King Institute of Preventive Medicine Micro-Biological Section reports 1909-11
Year: 1909
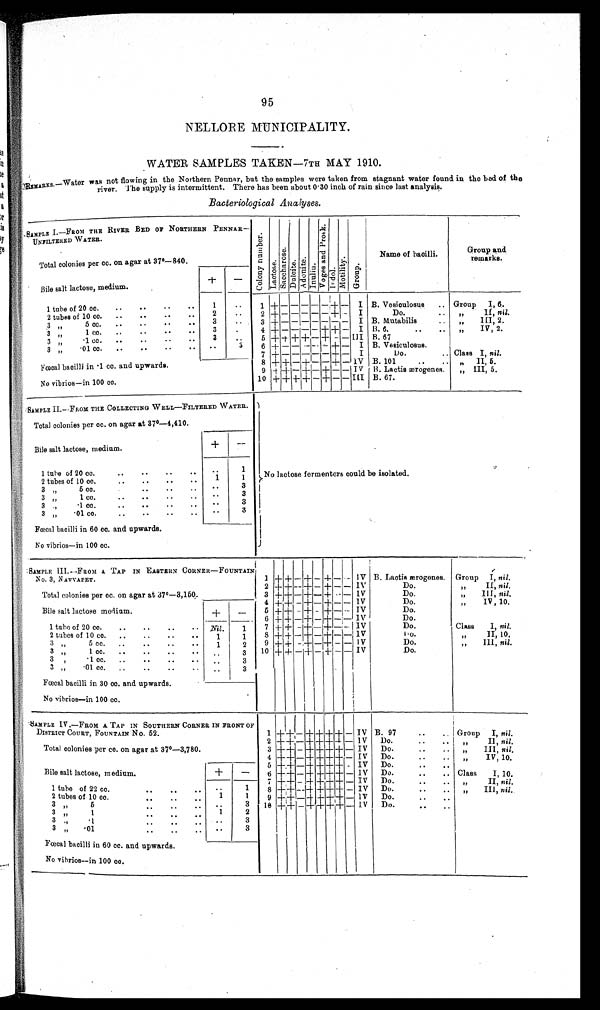
95
NELLORE MUNICIPALITY.
WATER SAMPLES TAKEN—7TH MAY 1.910.
REMARKS.—Water was not flowing in the Northern Penner, but the samples were taken from stagnant water found in the bed of the
river. The supply is intermittent. There has been about 0·30 inch of rain since last analysis.
Bacteriological Analyses.
SAMPLE I.—FROM THE RIVER BED OF NORTHERN
PENNAR—UNFILTERED WATER.
Co l o n y n u mb e r .
Lact ose.Sacchar ose.Dul ci t e.Adoni t e.Inul i n. V o g e s a n d P r o s k . Indol .Mot i l i t y.Group.
Name of baoilli.
Group and
remarks.
Total colonies per cc. on agar at 37°—840.
Bile salt lactose, medium.
+
−
1 tube of 20 cc.
1
1
+ − − − − − + −
I B. Vesioulosue
Group I, 6.
2 tubes of 10 cc.
2
2 + − − − − − + −
I
Do.
„ II, nil.
3 „5 cc.
3
3 + − − − − − − −
I B. Mutabilis
„ III, 2.
3 „ 1 cc.
3
4 + − − − − + + −
I B. 6.
„ IV, 2.
3 „ ·1 cc.
3
5 + + + + − + − − III B. 67
3 „ · 0 1
c c .
3
6 + − − − − − + −
I B. Vesiculosus.
Fœcal bacilli in ·1 cc.
7 + − − − − − + −
I
Do.
Class I, nil.
8 + + − + − − + − IV B. 101
„ II, 5.
9 + + − + − + − −
I V
B. Lactis ærogenes.
„ III, 5.
No vibrios—in 100 cc.
10 + + + + − + − −
I I I
B. 67.
SAMPLE II.—FROM THE COLLECTING WELL—FILTERED WATER.
N o l a c t o s e f e r m e n t e r s c o u l d b e i s o l a t e d .
Total colonies per cc. on agar at 37°—4,410.
Bile salt lactose, medium.
+
−
1 tube of 20 cc.
1
2 tubes of cc.
1
1
3 ,, 5 cc.
3
3 ,, 1 cc.
3
3 ,, ·1 cc.
3
3 „ ·01 cc.
3
Fœcal bacilli in 60 cc. and upwards.
No vibrios—in 100 cc.
SAMPLE III.—FROM A TAP IN EASTERN CORNER—FOUNTAIN
No. 3, NAVVAPET.
1 + + − + − + −
−
IV B.Lactis ærogenes. Group I, nil.
Total colonies per cc. on agar at 37°—3,150.
2 + + − + − + − − IV
Do.
„ II, nil.
3 + + − + − + − −
IV
Do.
„ III, nil.
4 + + − + − + − − IV
Do.
„ IV, 10.
Bile salt lactose medium.
+
−
5 + + − + − + − − IV
Do.
6
+ + − + − + − −
IV
Do.
1 tube of 20 cc.
Nil.
1
7 + + − + − + − −
IV
Do.
Class I, nil.
2 tubes of 10 co.
1
1
8 + + − + − + − −
I V
Do.
„ II, 10.
3 „ 5 cc.
1
2
9
+ + − + − + − −
I V
Do.
„ III, nil.
3 „ 1 cc.
3
10 + + − + − + − −
I V
Do.
3 „ ·1cc.
3
3 „ ·01 cc.
3
Fœcal bacilli in 30 cc. and upwards.
No vibrios—in 100 cc.
SAMPLE IV.—FROM A TAP IN SOUTHERN CORNER
IN FRONT OF DISTRICT COURT, FOUNTAIN No. 52.
1
+ + − + +
+ + −
IV B. 97.
Group I, nil.
Total colonies per cc. on agar at 37°—3,780.
2 + + − + + + + −
IV
Do.
„ II, nil.
3 + + − + + + + −
IV
Do.
„ III, nil.
4 + + − + + + + −
IV
Do.
„ IV, 10.
Bile salt lactose, medium.
+
−
5
+ + − + + + + −
IV
Do.
6 + + − + + + + −
IV
Do.
Class I, 10.
7 + + − + + + + −
I V
Do.
„ II, nil.
1 tube of 22 cc.
1
8 + + − + + + + − IV
Do.
„ III, nil.
2 tubes of 10 cc.
1
1
9 + + − + + + + −
IV
Do.
3 „ 5
3
10 + + − + + + + −
IV
Do.
3 „ 1
1
2
3 „ · 1
3
3 „ ·01
3
Fœcal bacilli in 60 cc. and upwards.
No vibrios—in 100 cc.